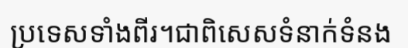
ប្រទេសទាំងពីរ។ជាពិសេសទំនាក់ទំនង